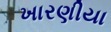
ખારણીયા